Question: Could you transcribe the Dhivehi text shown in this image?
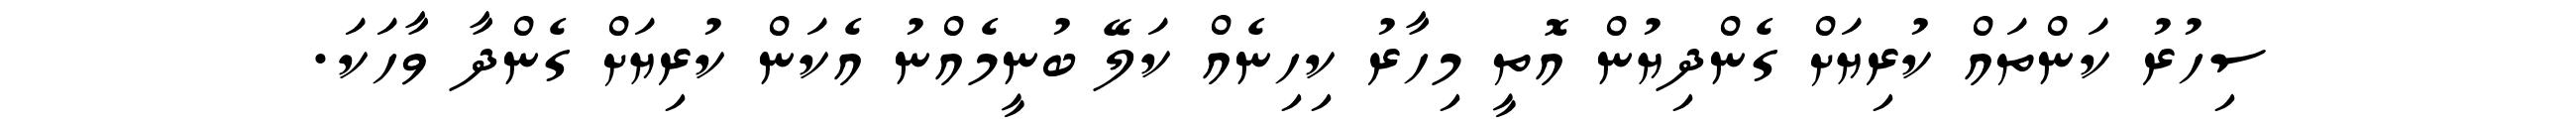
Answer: ސިހުރު ކަންތައް ކުރިޔަށް ގެންދިޔުން އޮތީ މިހާރު ކިހިނެއް ކަލޭ ބުނީމެއްނު އެކަން ކުރިޔަށް ގެންދާ ވާހަކަ.